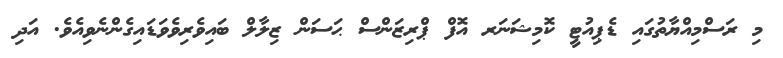
މި ރަސްމިއްޔާތުގައި ޑެޕިއުޓީ ކޮމިޝަނަރ އޮފް ޕްރިޒަންސް ޙަސަން ޒިލާލް ބައިވެރިވެވަޑައިގެންނެވިއެވެ. އަދި